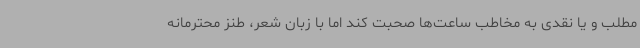
مطلب و یا نقدی به مخاطب ساعت‌ها صحبت کند اما با زبان شعر، طنز محترمانه